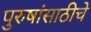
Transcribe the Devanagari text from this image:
पुरुषांसाठीचे